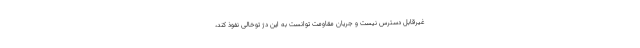
غیرقابل دسترس نیست و جریان مقاومت توانست به این دژ توخالی نفوذ کند،